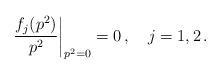
LaTeX: \begin{align*}\frac{f_{j}(p^2)}{p^2}{\bigg|}_{p^2 =0} =0\,,\quad j=1,2\,.\end{align*}